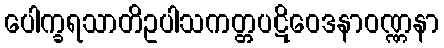
ပေါက္ခရသာတိဥပါသကတ္တပဋိဝေဒနာဝဏ္ဏနာ